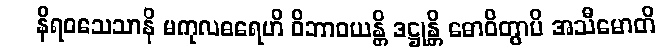
နိရဝသေသာနိ မကုလဓရေဟိ ဝိဘာဝယန္တိ ဒဋ္ဌုန္တိ ဓောဝိတွာပိ အသီမောတိ